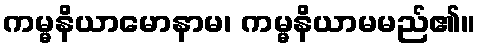
ကမ္မနိယာမောနာမ၊ ကမ္မနိယာမမည်၏။